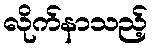
လိုက်နာသည့်